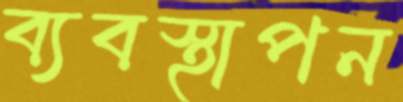
ব্যবস্থাপন